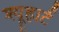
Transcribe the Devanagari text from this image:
श्यूहार्ट